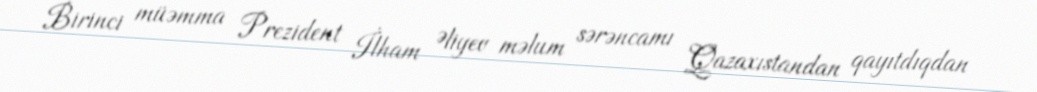
Birinci müəmma Prezident İlham Əliyev məlum sərəncamı Qazaxıstandan qayıtdıqdan